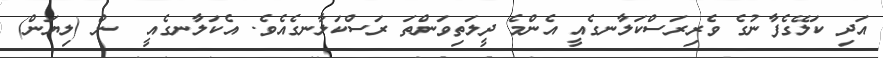
އަދި ކަލޭގެފާނުގެ ވެރިރަސްކަލާނގެއީ އެންމެ ދީލަތިވަންތަ ރަސްކަލާނގެއެވެ. އެކަލާނގެއީ  ން (ލިޔަން)